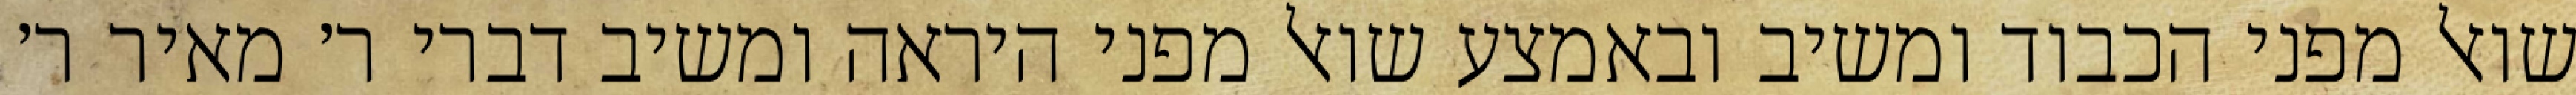
שואל מפני הכבוד ומשיב ובאמצע שואל מפני היראה ומשיב דברי ר׳ מאיר ר׳